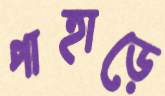
পাহাড়ে